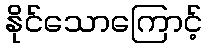
နိုင်သောကြောင့်